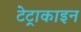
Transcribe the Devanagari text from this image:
टेट्राकाइन